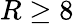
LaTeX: R\ge 8